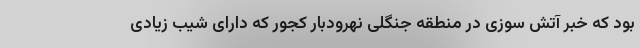
بود که خبر آتش سوزی در منطقه جنگلی نهرودبار کجور که دارای شیب زیادی